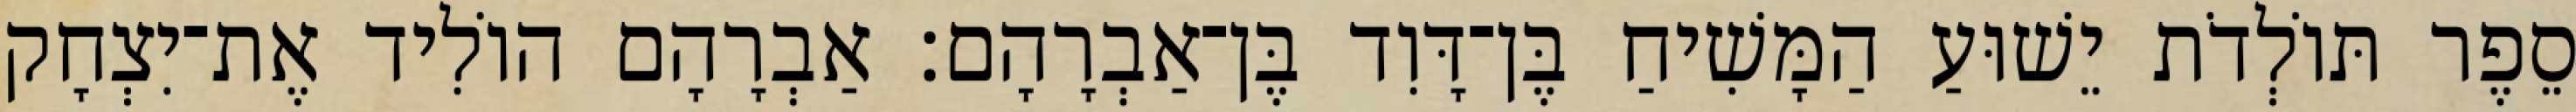
סֵפֶר תּוֹלְדֹת יֵשׁוּעַ הַמָּשִׁיחַ בֶּן־דָּוִד בֶּן־אַבְרָהָם׃ אַבְרָהָם הוֹלִיד אֶת־יִצְחָק